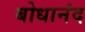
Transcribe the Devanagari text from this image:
बोधानंद